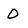
Character: 0